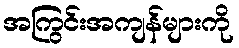
အကြွင်းအကျန်များကို